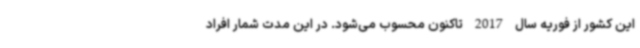
این کشور از فوریه سال 2017 تاکنون محسوب می‌شود. در این مدت شمار افراد